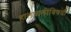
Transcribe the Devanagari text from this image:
हालचालींविषयी